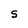
Character: S